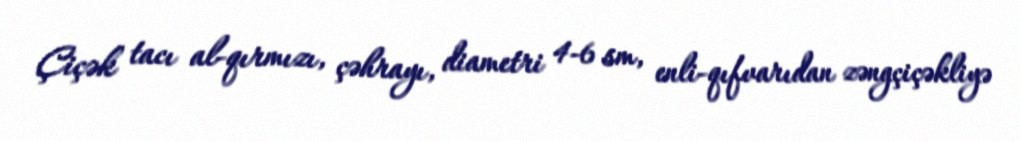
Çiçək tacı al-qırmızı, çəhrayı, diametri 4-6 sm, enli-qıfvarıdan zəngçiçəkliyə